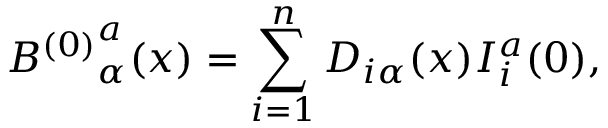
{ B ^ { ( 0 ) } } _ { \alpha } ^ { a } ( x ) = \sum _ { i = 1 } ^ { n } D _ { i \alpha } ( x ) I _ { i } ^ { a } ( 0 ) ,